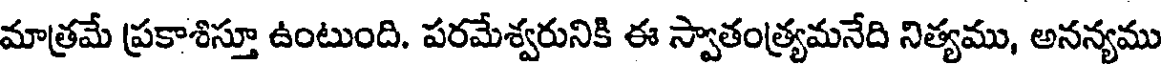
మాత్రమే ప్రకాశిస్తూ ఉంటుంది. పరమేశ్వరునికి ఈ స్వాతంత్ర్యమనేది నిత్యము, అనన్యము